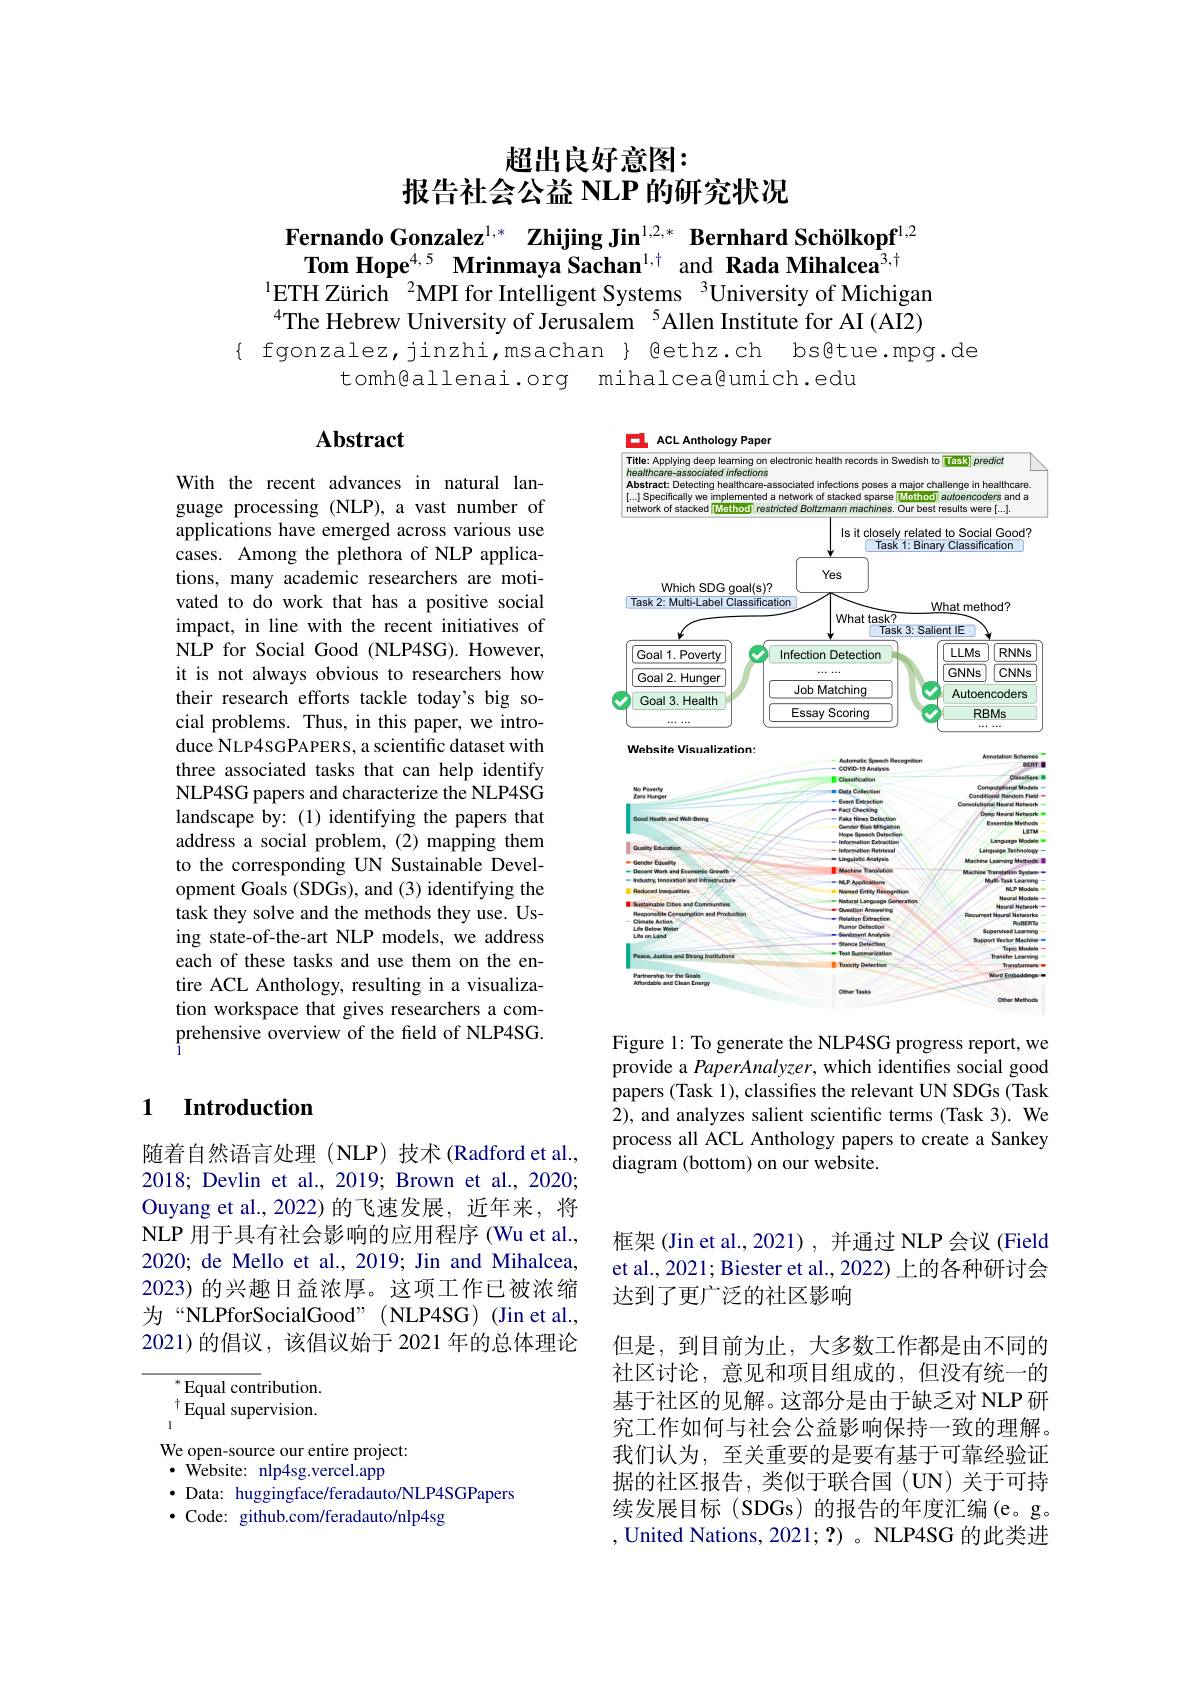
# 超出良好意图：
报告社会公益 NLP 的研究状况

Fernando Gonzalez$^1, *$ $\textbf{Zhijing Jin}^{1, 2, * }$ $\textbf{Bernhard Sch\"{o} lkopf}^{1, 2}$ Tom Hope$^{4,5}$ Mrinmaya Sachan$^1,\dagger$ and Rada Mihalcea$^{3,\dagger}$
$^{1}$ETH Zürich $^2$MPI for Intelligent Systems $^3$University of Michigan $^{4}$The Hebrew University of Jerusalem$^{5}$Allen Institute for AI (AI2)
$\{$ fgonzalez,jinzhi,msachan $\}$ gethz.ch bs@tue.mpg.de
tomh@allenai.org mihalcea@umich.edu

## $\mathbf{Abstract}$

ACL Anthology Paper
E
<FigureHere>
Figure 1: To generate the NLP4SG progress report, we

With the recent advances in natural language processing (NLP), a vast number of applications have emerged across various use cases. Among the plethora of NLP applications, many academic researchers are motivated to do work that has a positive social impact, in line with the recent initiatives of NLP for Social Good (NLP4SG). However, it is not always obvious to researchers how their research efforts tackle today's big social problems. Thus, in this paper, we introduce NLP4SGPAPERS, a scientific dataset with three associated tasks that can help identify NLP4SG papers and characterize the NLP4SG landscape by:(1) identifying the papers that address a social problem, (2) mapping them to the corresponding UN Sustainable Development Goals (SDGs), and (3) identifying the task they solve and the methods they use. Using state-of-the-art NLP models, we address each of these tasks and use them on the entire ACL Anthology, resulting in a visualization workspace that gives researchers a comprehensive overview of the feld of NLP4SG.

provide a PaperAnalyzer, which identifies social good papers (Task 1), classifies the relevant UN SDGs (Task 2), and analyzes salient scientific terms (Task 3). We process all ACL Anthology papers to create a Sankey diagram (bottom) on our website.

### 1 $\textbf{Introduction}$

随着自然语言处理(NLP)技术(Radford et al., 2018; Devlin et al., 2019; Brown et al., 2020; Ouyang et al.,2022)的飞速发展，近年来，将NLP 用于具有社会影响的应用程序 (Wu et al., 2020; de Mello et al., 2019; Jin and Mihalcea, 2023) 的兴趣日益浓厚。这项工作已被浓缩为“NLPforSocialGood”(NLP4SG)(Jinet al., 2021)的倡议，该倡议始于 2021 年的总体理论

框架(Jin et al.,2021),并通过 NLP 会议 (Field et al., 2021; Biester et al., 2022) 上的各种研讨会达到了更广泛的社区影响
但是，到目前为止，大多数工作都是由不同的社区讨论，意见和项目组成的，但没有统一的基于社区的见解。这部分是由于缺乏对 NLP 研究工作如何与社会公益影响保持一致的理解。我们认为，至关重要的是要有基于可靠经验证据的社区报告，类似于联合国(UN)关于可持续发展目标 (SDGs)的报告的年度汇编(e。g。, United Nations, 2021; ?) 。NLP4SG 的此类进

$^*$Equal contribution. $^{\dagger}{\mathrm{Equal~supervision.}}$ We open-source our entire project:
$\cdot$ Website: nlp4sg.vercel.app
· Data: huggingface/feradauto/NLP4SGPapers
$\cdot$ Code: github.com/feradauto/nlp4sg